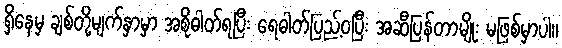
ရှိနေမှ ချစ်တို့မျက်နှာမှာ အစိုဓါတ်ရပြီး ရေဓါတ်ပြည့်ဝပြီး အဆီပြန်တာမျိုး မဖြစ်မှာပါ။